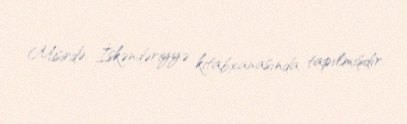
Misirdə, İskəndəriyyə kitabxanasında tapılmışdır.